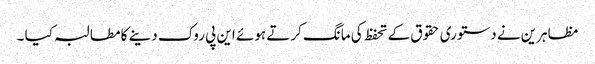
مظاہرین نے دستوری حقوق کے تحفظ کی مانگ کرتے ہوئے این پی روک دینے کا مطالبہ کیا ۔